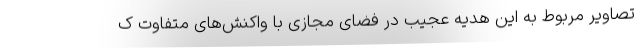
تصاویر مربوط به این هدیه عجیب در فضای مجازی با واکنش‌های متفاوت ک